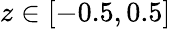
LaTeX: z\in[-0.5,0.5]